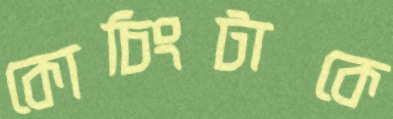
কোচিংটাকে